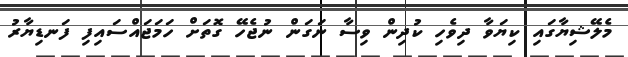
މެލޭޝިޔާގައި ކިޔަވާ ދިވެހި ކުދިން ވިސާ ނަގަން ނުޖެހޭ ގޮތަށް ހަމަޖައްސައިފި ފަނޑިޔާރު